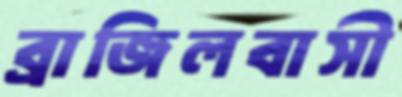
ব্রাজিলবাসী